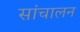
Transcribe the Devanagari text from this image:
सांचालन